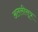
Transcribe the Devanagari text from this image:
अलसीसूत्र